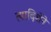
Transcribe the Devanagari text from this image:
त्यादिशेने